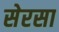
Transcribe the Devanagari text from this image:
सेरसा